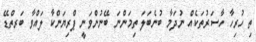
ތި ހުރިހާ ހާސަރުތަކެއް ނުދަމާ ބުނެބަލަ ތިމަންނަ ބޭނުންވަނީ ޕްރިޔަންކާ ލައްވާ ބަރތްޑޭ